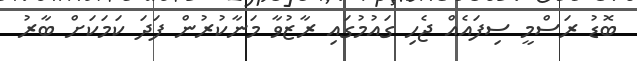
ބޮޑު ރަސްމީ ސިފައެއް ޖެހި ގައުމުގައި ރާޒުވާ މަނާކުރުން ފަދަ ކަމަކަށް ބާރު